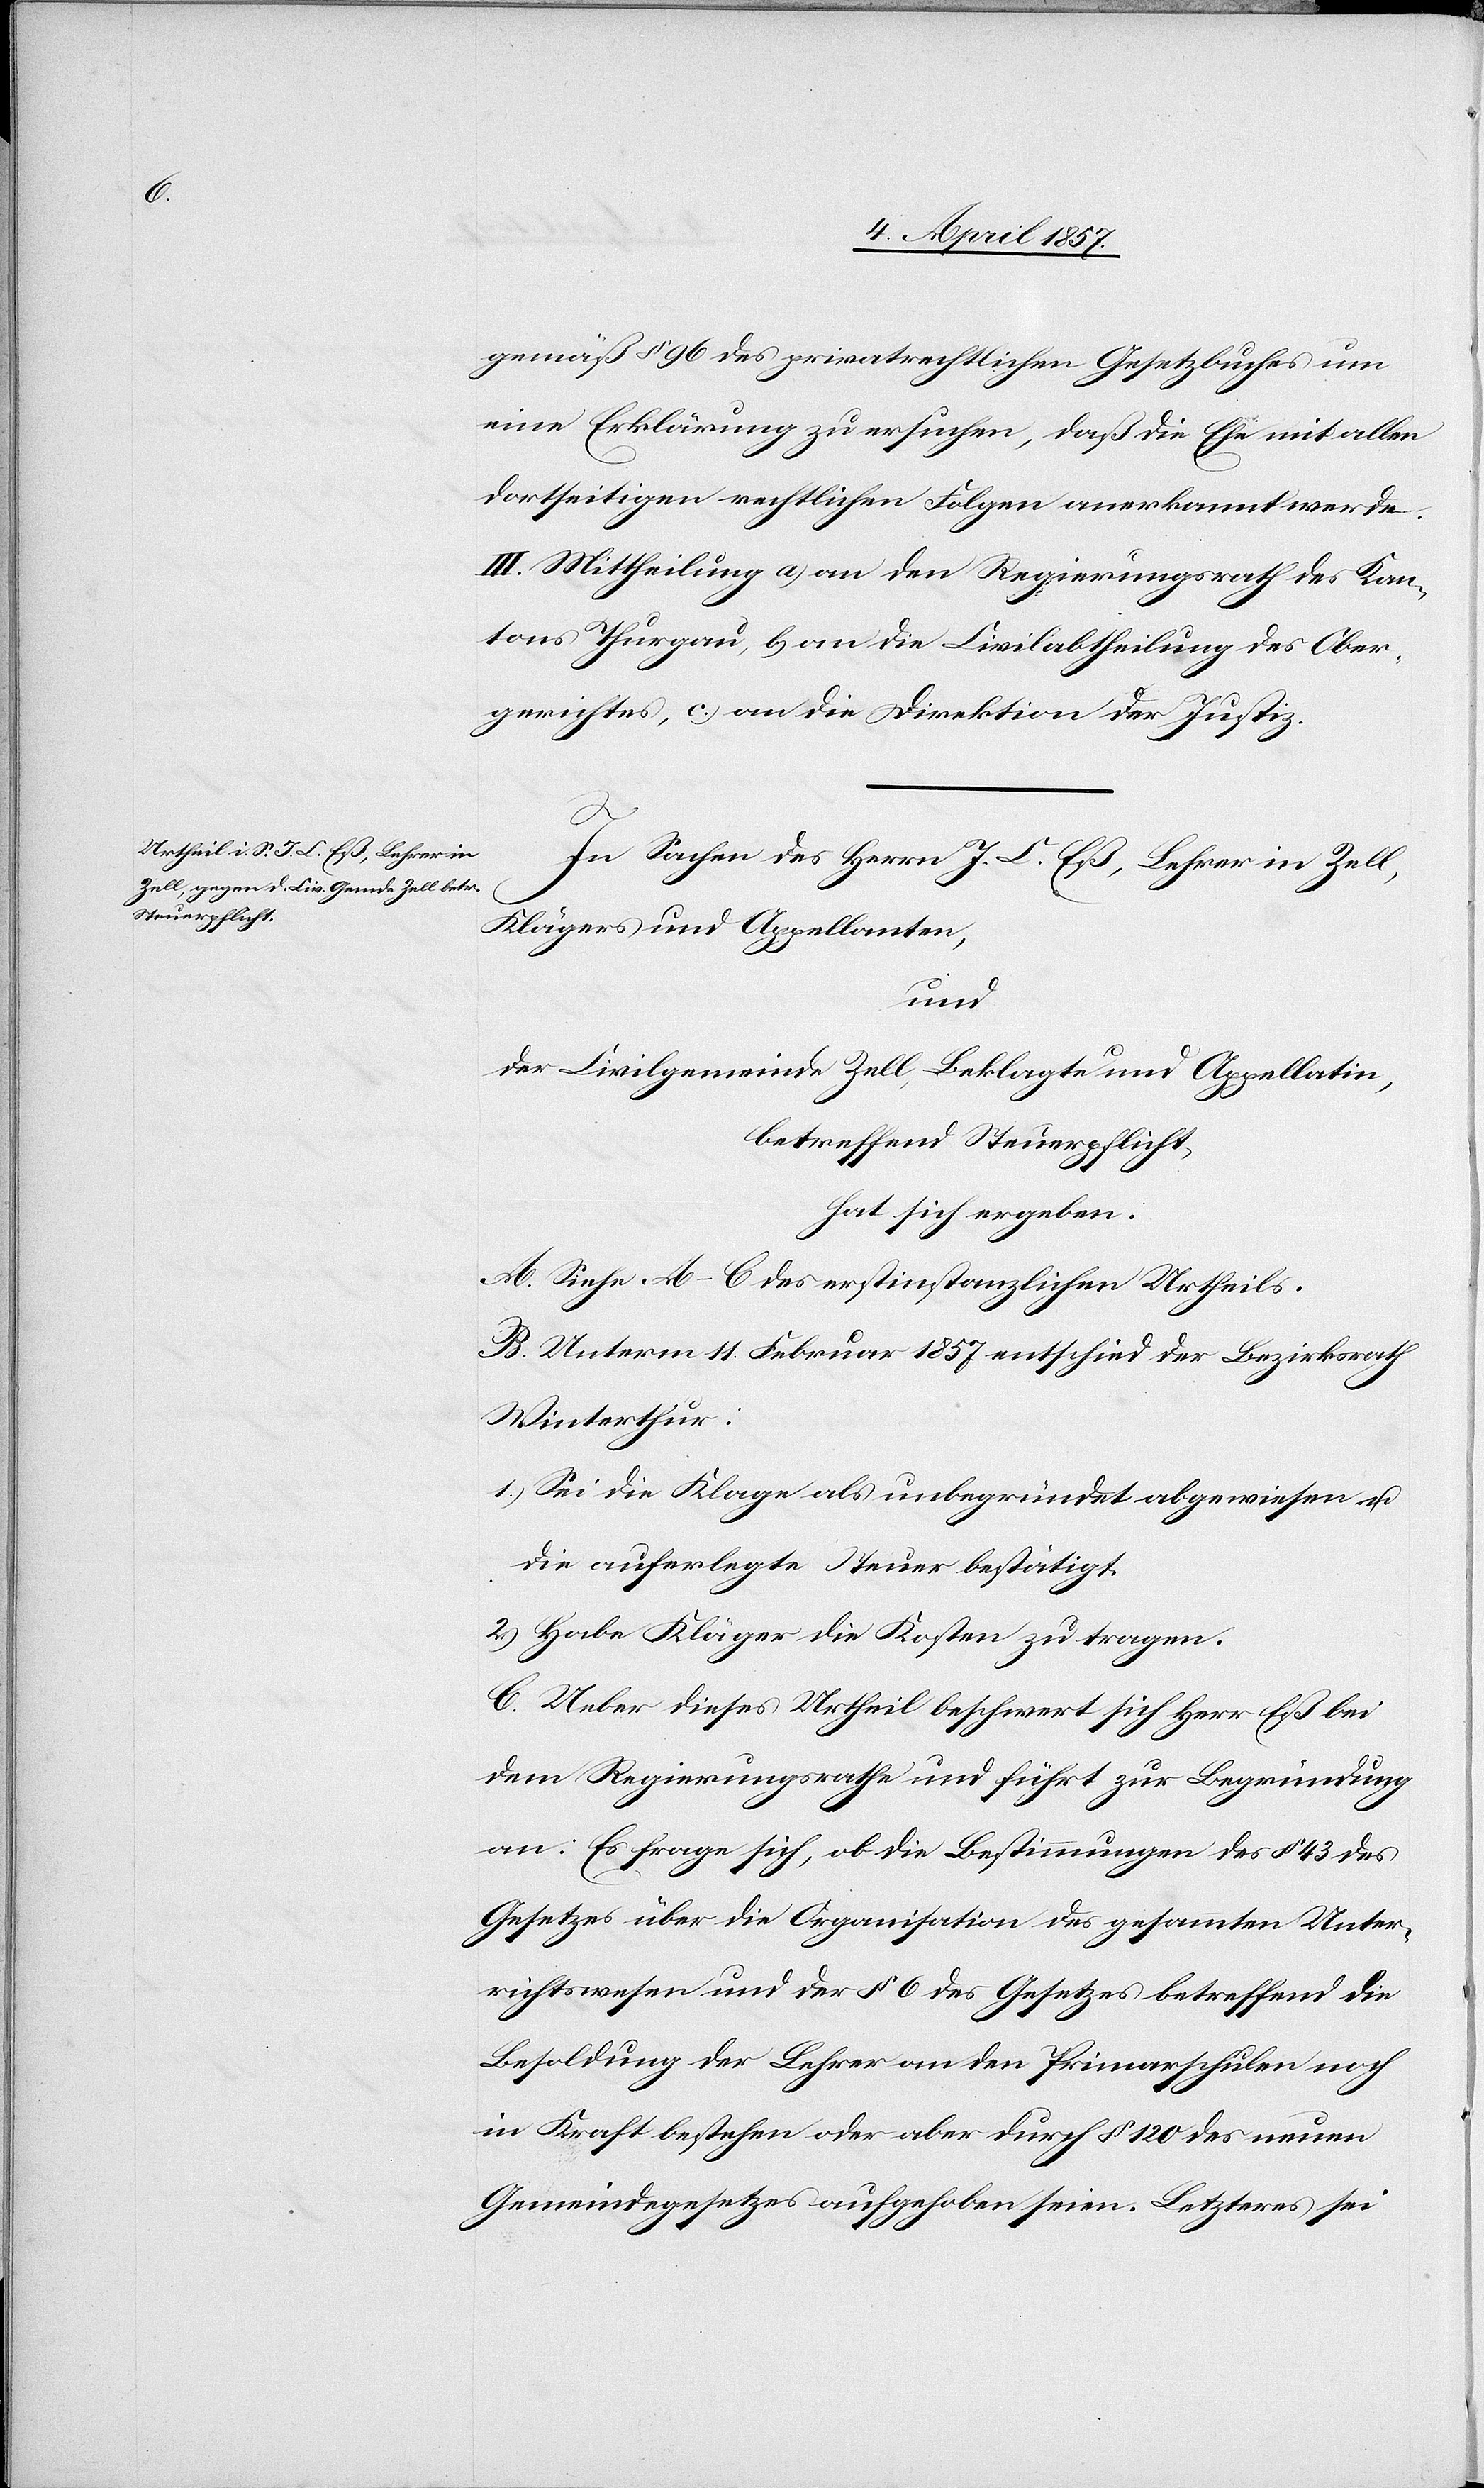
gemäß § 96 des privatrechtlichen Gesetzbuches um
eine Erklärung zu ersuchen, daß die Ehe mit allen
dortseitigen rechtlichen Folgen anerkannt werde.
III. Mittheilung a) an den Regierungsrath des Kan¬
tons Thurgau, b) an die Civilabtheilung des Ober¬
gerichtes, c.) an die Direktion der Justiz.
In Sachen des Herrn J. C. Eß, Lehrer in Zell,
Klägers und Appellanten,
und
der Civilgemeinde Zell, Beklagte und Appellatin,
betreffend Steuerpflicht,
hat sich ergeben:
A. Siehe A–C des erstinstanzlichen Urtheils.
B. Unterm 11. Februar 1857 entschied der Bezirksrath
Winterthur:
1.) Sei die Klage als unbegründet abgewiesen u.
die auferlegte Steuer bestätigt.
2.) Habe Kläger die Kosten zu tragen.
C. Ueber dieses Urtheil beschwert sich Herr Eß bei
dem Regierungsrathe und führt zur Begründung
an: Es frage sich, ob die Bestimmungen des § 43 des
Gesetzes über die Organisation des gesammten Unter¬
richtswesen[s] und der § 6 des Gesetzes betreffend die
Besoldung der Lehrer an den Primarschulen noch
in Kraft bestehen oder aber durch § 120 des neuen
Gemeindegesetzes aufgehoben seien. Letzteres sei